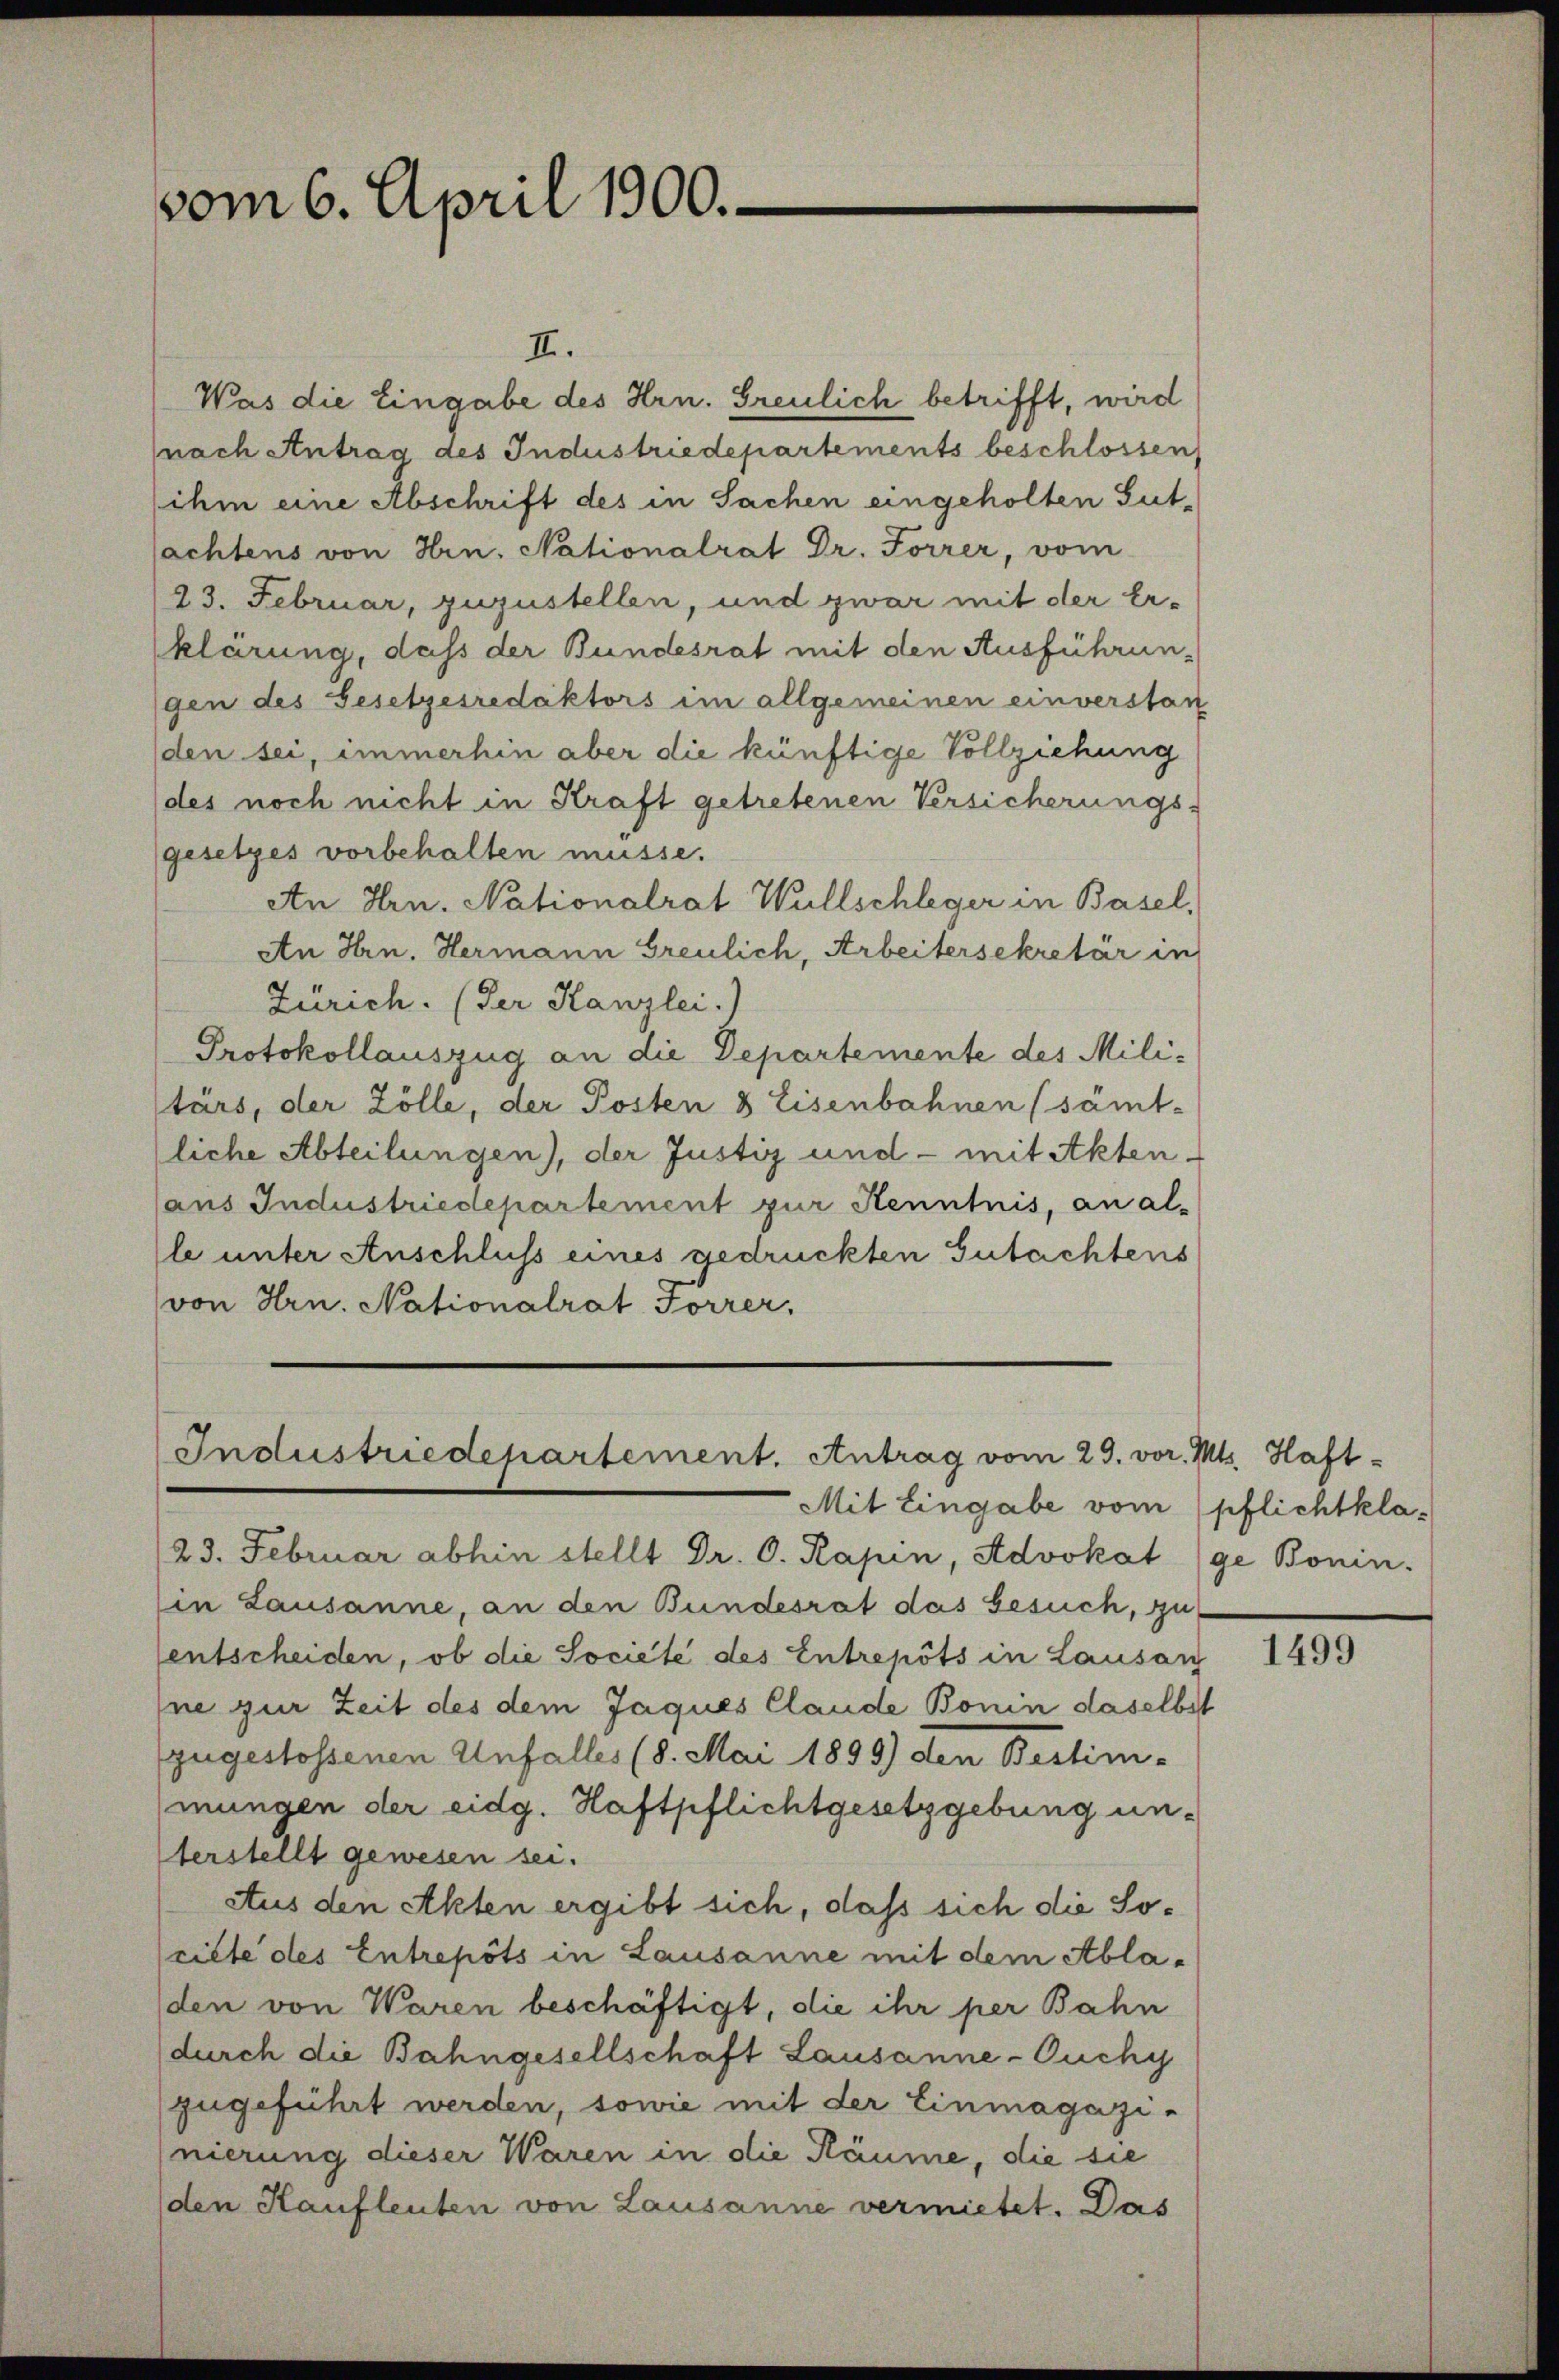
vom 6. April 1900.

II.
Was die Eingabe des Hrn. Greulich betrifft, wird
nach Antrag des Industriedepartements beschlossen,
ihm eine Abschrift des in Sachen eingeholten Sut-
sachtens von Hrn. Nationalrat Dr. Forrer, vom
23. Februar, zuzustellen, und zwar mit der Erklärung, dass der Bundesrat mit den Ausführungen des Gesetzesredaktors im allgemeinen einverstan
den sei, immerhin aber die künftige Vollziehung
des noch nicht in Kraft getretenen Versicherungs-
gesetzes vorbehalten müsse.
An Hrn. Nationalrat Wullschleger in Basel,
An Hrn. Hermann Greulich, Arbeitersekretär in
Zürich. (der Kanzlei.)
Protokollauszug an die Departemente des Militärs, der Zölle, der Posten 8 Eisenbahnen (sämt-
liche Abteilungen), der Justiz und - mit Akten-
aus Industriedepartement zur Kenntnis, an alle unter Anschluss eines gedrückten Gutachtens
von Hrn. Nationalrat Forrer,

Industriedepartement. Antrag vom 29. vo

Mit Eingabe vom pflichtkla¬
23. Februar abhin stellt Dr. C. Rapin, Advokat (ge Bonin.
in Lausanne, an den Bundesrat das Gesuch, zu
entscheiden, ob die Societe des Entrepots in Lausan
ne zur Zeit des dem Jaqués Claude Bonin daselbst
zugestossenen Unfalles (8. Mai 1899) den Bestim-
mungen der eidg. Haftpflichtgesetzgebung unterstellt gewesen sei.
Aus den Akten ergibt sich, daß sich die Sorille des Entrepots in Lausanne mit dem Abladen von Waren beschäftigt, die ihr per Bahn
durch die Bahngesellschaft Lausanne-Ouchy
zugeführt werden, sowie mit der Einmagazi-
nierung dieser Waren in die Räume, die sie
(den Kaufleuten von Lausanne vermietet. Das

a. Mts. Haft-

1499